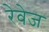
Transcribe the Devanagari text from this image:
रेवेज